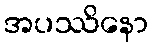
အပဿိနော